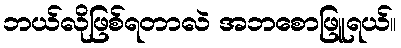
ဘယ်လိုဖြစ်ရတာလဲ အဘစောဖြူရယ်။